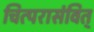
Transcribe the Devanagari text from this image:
चित्परासंवित्